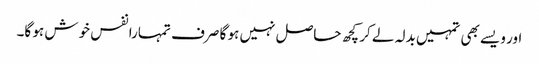
اور ویسے بھی تمہیں بدلہ لے کر کچھ حاصل نہیں ہو گا صرف تمہارا نفس خوش ہو گا۔